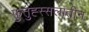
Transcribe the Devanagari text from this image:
फुतुह्स्सलातीन